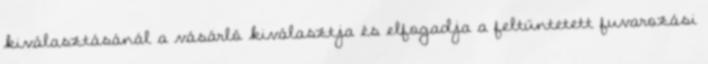
kiválasztásánál a vásárló kiválasztja és elfogadja a feltüntetett fuvarozási